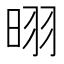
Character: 𪰣